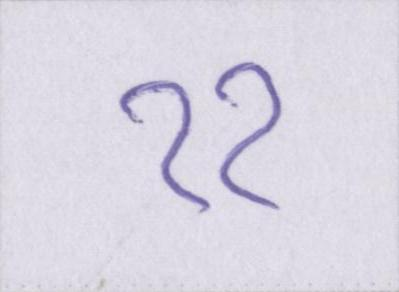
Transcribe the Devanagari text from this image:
११